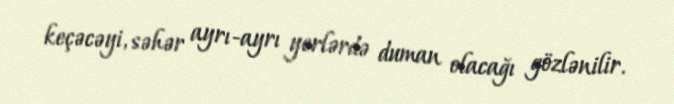
keçəcəyi, səhər ayrı-ayrı yerlərdə duman olacağı gözlənilir.